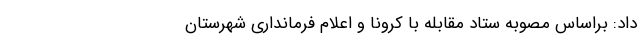
داد: براساس مصوبه ستاد مقابله با کرونا و اعلام فرمانداری شهرستان